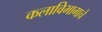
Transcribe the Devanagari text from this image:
कलाविभागाचे